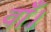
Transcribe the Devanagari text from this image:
वाँ।